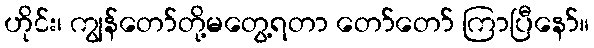
ဟိုင်း၊ ကျွန်တော်တို့မတွေ့ရတာ တော်တော် ကြာပြီနော်။